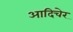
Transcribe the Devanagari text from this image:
आदिचेर